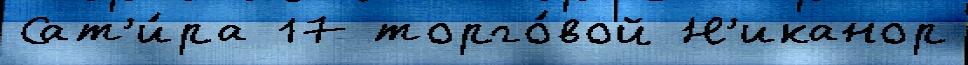
Сат'и́ра 17 торго́вой Н'иканор